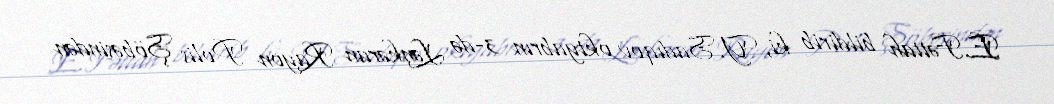
E.Fəttah bildirib ki, Y.Sadıqov oktyabrın 3-də Lənkəran Rayon Polis Şöbəsindən